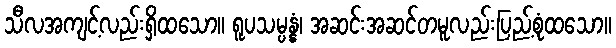
သီလအကျင့်လည်းရှိထသော။ ရူပသမ္ပန္နံ၊ အဆင်းအဆင်တမူလည်းပြည့်စုံထသော။